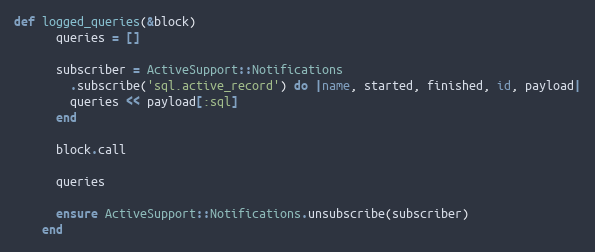
Language: Ruby
def logged_queries(&block)
      queries = []

      subscriber = ActiveSupport::Notifications
        .subscribe('sql.active_record') do |name, started, finished, id, payload|
        queries << payload[:sql]
      end

      block.call

      queries

      ensure ActiveSupport::Notifications.unsubscribe(subscriber)
    end